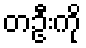
တဦးကို